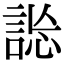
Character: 𧧴